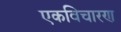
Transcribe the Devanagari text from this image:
एकविचारण